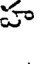
హ